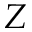
Z